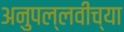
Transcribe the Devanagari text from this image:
अनुपल्लवीच्या